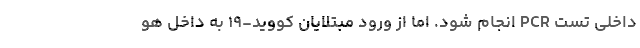
داخلی تست PCR انجام شود. اما از ورود مبتلایان کووید-۱۹ به داخل هو